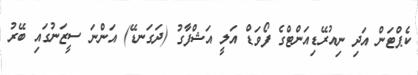
ކެޕްޓަން އަދި ނިއުރޭޑިއަންޓްގެ ފޯވަޑް އަލީ އަޝްފާގު (ދަގަނޑޭ) އަންނަ ސީޒަނުގައި ބޭރު